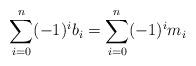
LaTeX: \begin{align*}\sum_{i=0}^n (-1)^i b_i = \sum_{i=0}^n (-1)^i m_i\end{align*}